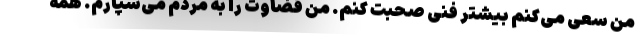
من سعی می‌کنم بیشتر فنی صحبت کنم. من قضاوت را به مردم می‌سپارم. همه